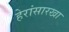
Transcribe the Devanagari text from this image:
हेरांसारखा